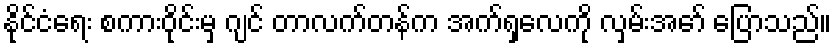
နိုင်ငံရေး စကားဝိုင်းမှ ဂျင် တာလက်တန်က အက်ရှလေကို လှမ်းအော် ပြောသည်။